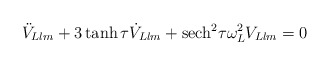
\begin{align*}\ddot{V}_{Llm}+3 \tanh \tau \dot{V}_{Llm} + {\rm sech}^2 \tau \omega_L^2 V_{Llm}=0\end{align*}